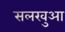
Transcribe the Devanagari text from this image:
सलखुआ